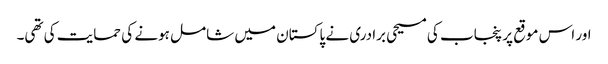
اور اس موقع پر پنجاب کی مسیحی برادری نے پاکستان میں شامل ہونے کی حمایت کی تھی۔